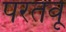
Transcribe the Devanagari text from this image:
परतवू